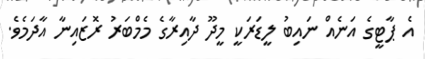
އެ ޕާޓީގެ އަނެއް ނައިބު ލީޑަރަކީ މީދޫ ދާއިރާގެ މެމްބަރު ރޮޒައިނާ އާދަމެވެ.